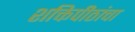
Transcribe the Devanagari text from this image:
शक्तिपीठांचा